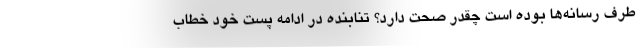
طرف رسانه‌ها بوده است چقدر صحت دارد؟ تنابنده در ادامه پست خود خطاب